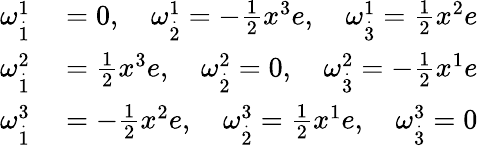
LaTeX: \begin{array}{rl}{\omega_{\overset{.}{1}}^{1}}&{{}=0,\quad\omega_{\overset{.}{2}}^{1}=-\frac{1}{2}x^{3}e,\quad\omega_{\overset{.}{3}}^{1}=\frac{1}{2}x^{2}e}\\ {\omega_{\overset{.}{1}}^{2}}&{{}=\frac{1}{2}x^{3}e,\quad\omega_{\overset{.}{2}}^{2}=0,\quad\omega_{\overset{.}{3}}^{2}=-\frac{1}{2}x^{1}e}\\ {\omega_{\overset{.}{1}}^{3}}&{{}=-\frac{1}{2}x^{2}e,\quad\omega_{\overset{.}{2}}^{3}=\frac{1}{2}x^{1}e,\quad\omega_{\overset{.}{3}}^{3}=0}\end{array}